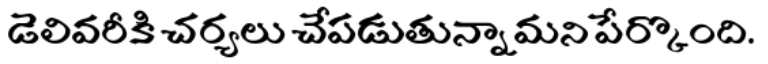
డెలివరీకి చర్యలు చేపడుతున్నామని పేర్కొంది.